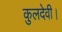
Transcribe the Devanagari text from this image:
कुलदेवी।